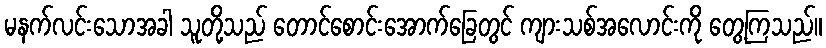
မနက်လင်းသောအခါ သူတို့သည် တောင်စောင်းအောက်ခြေတွင် ကျားသစ်အလောင်းကို တွေ့ကြသည်။